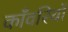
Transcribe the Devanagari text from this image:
काँवरियों